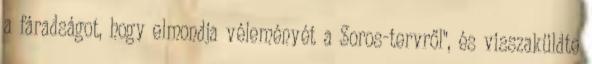
a fáradságot, hogy elmondja véleményét a Soros-tervről", és visszaküldte